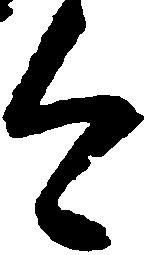
今